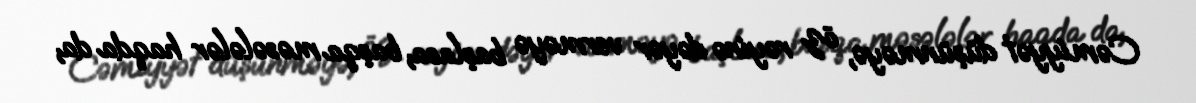
Cəmiyyət düşünməyə, öz rəyinə dəyər verməyə başlasa, başqa məsələlər haqda da,